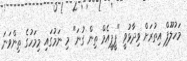
މަހުލޫފް އިތުރަށް ވިދާޅުވީ "ޕީޕީއެމް ތިން ގުނަ" މި ނަމުގައި މިމަހުގެ ތިންވަނަ